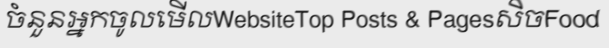
ចំនួនអ្នកចូលមើលWebsiteTop Posts & PagesសិចFood